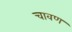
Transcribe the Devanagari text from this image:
चावण